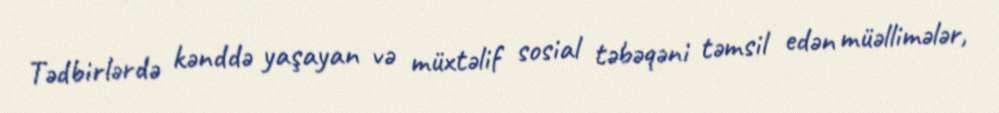
Tədbirlərdə kənddə yaşayan və müxtəlif sosial təbəqəni təmsil edən müəllimələr,